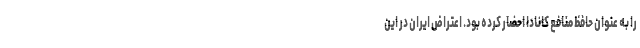
را به عنوان حافظ منافع کانادا احضار کرده بود. اعتراض ایران در این